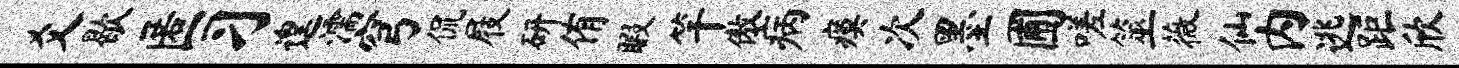
爻歇匿习遑濡穹侃屐研侑暇竿傲病瘼次墨圃嗟筮薇仙内逃距欣